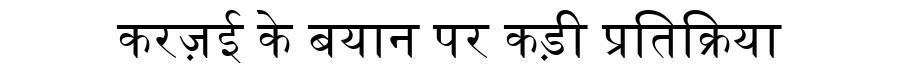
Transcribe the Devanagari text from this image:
करज़ई के बयान पर कड़ी प्रतिक्रिया